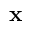
\mathbf { x }